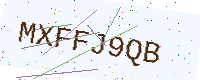
Text: MXFFJ9QB